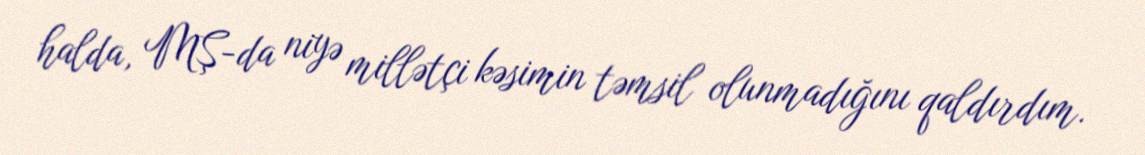
halda, MŞ-da niyə millətçi kəsimin təmsil olunmadığını qaldırdım.